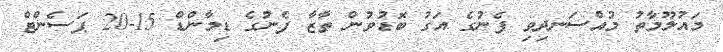
މައުލޫމާތު މުއްސަނދިވި ފެނުގެ އަގު ބޮޑުވުން ތާޒާ ފެނުގެ ޑިމާންޑް 15-20 ޕަސެންޓް